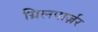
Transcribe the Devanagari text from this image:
ग्रिलपार्ज़र